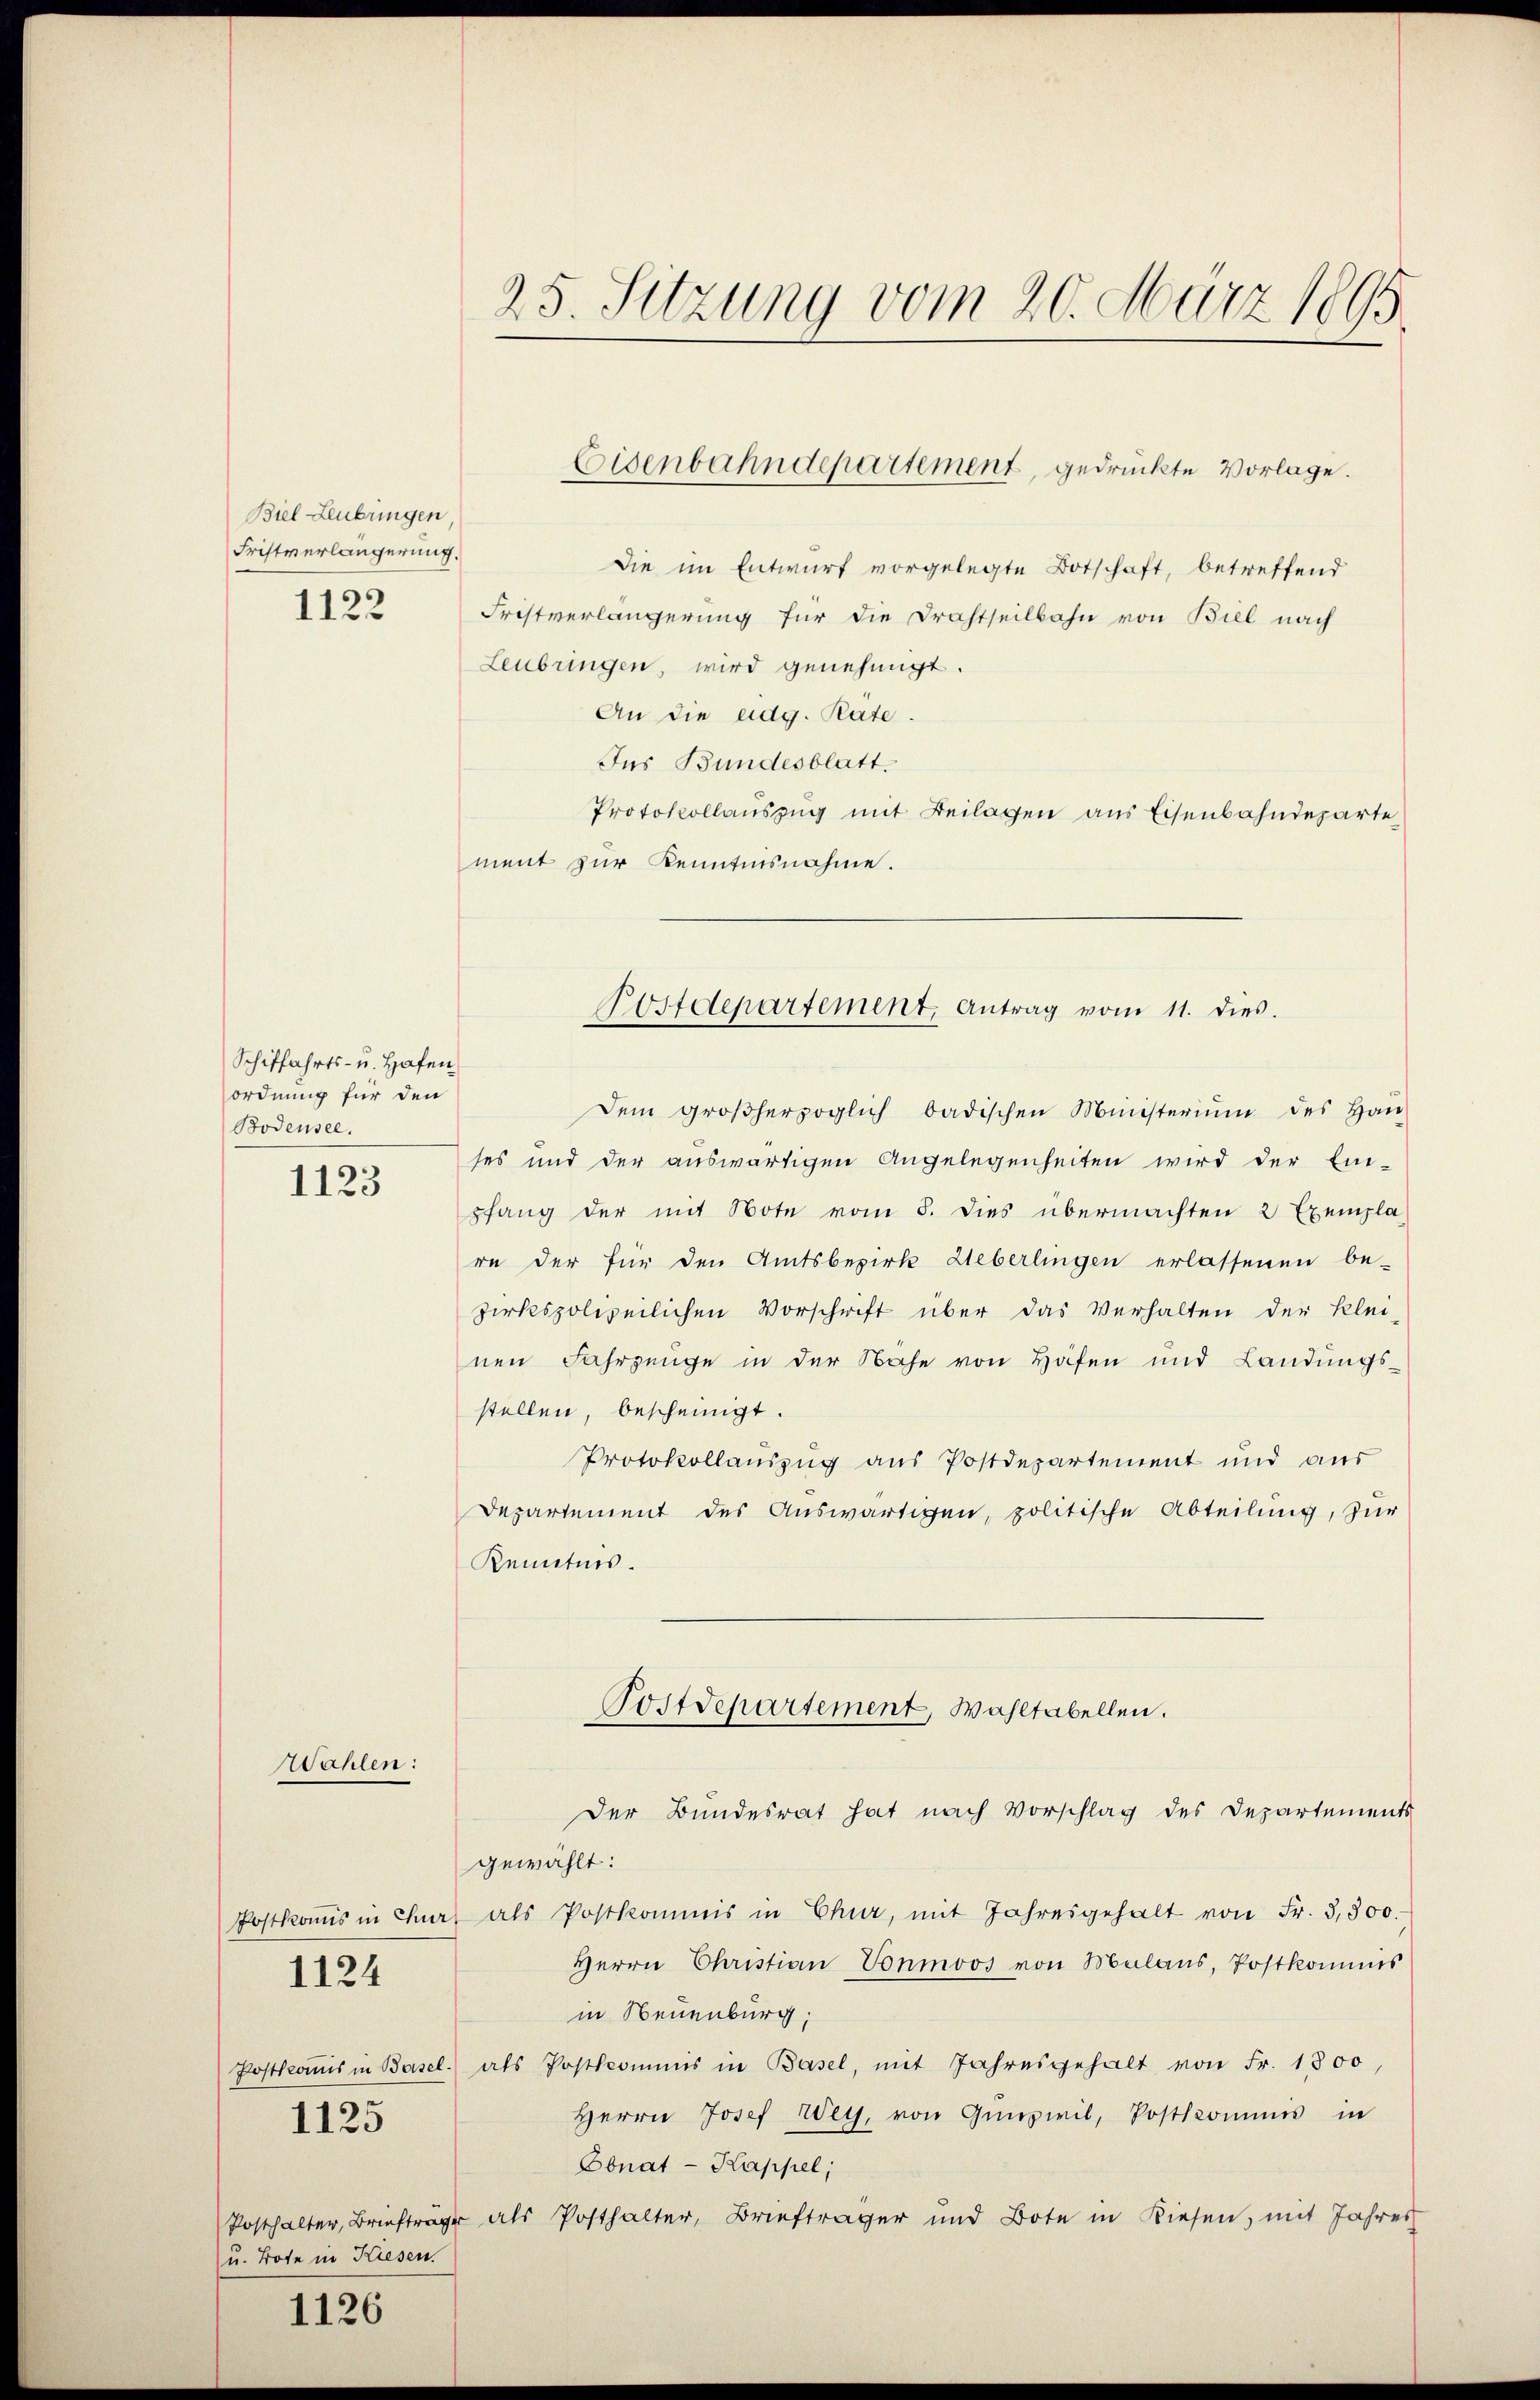
Biel Leubringen
Fristverlängerung.
1122

Schiffahrts- u. Hafen
ordnung für den
Bodensee.
1123

Wahlen:

1125

1124

u. Bote in Kiesen.
1126

Die im Entwurf vorgelegte Botschaft, betreffend
Fristverlängerung für die Drahtheilbahn von Biel nach
Leubringen, wird genehmigt.
An die eidg. Räte
Ins Bundesblatt.
Protokollauszug mit Beilagen aus Eisenbahndeparte
ment zur Kenntnisnahme.
Dem großherzoglich badischen Ministeriŭm des Haŭ-
ses und der auswärtigen Angelegenheiten wird der Ein-
pfang der mit Note vom 5. dies übermachten 2 Exempla-
re der für den Amtsbezirk Weberlingen erlassenen be-
zirkspolizeilichen Vorschrift über das Verhalten der klei-
nen Fahrzeuge in der Nähe von Hafen und Landungsstellen, bescheinigt.
Protokollauszug aus Postdepartement und aus
Departement des Auswärtigen, politische Abteilung, zur
Kenntnis.
Postdepartement, Wahltabellen.
Der Bundesrat hat nach Vorschlag des Departements
gewählt:
Postkoṁis in Chef als Postkommis in Chur, mit Jahresgehalt von Fr. 3,500.
Herrn Christian Vonmoos von Malans, Postkommis
in Neuenburg,
Postkoṁis in Basel. als Postkommis in Basel, mit Jahresgehalt von Fr. 1800,
Herrn Josef Weg, von Gŭnswil, Postkommis in
Obnat - Kappel,
Posthalter, Briefträge als Posthalter, Briefträger und Bote in Riesen, mit Jahres

25. Sitzung vom 20. März 1895.

Eisenbahndepartement, gedruckte Vorlage.

Postdepartement, Antrag vom 11. dies.